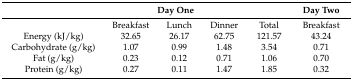
<table><thead><tr><td></td><td colspan="3"><b>Day One</b></td><td></td><td><b>Day Two</b></td></tr></thead><tbody><tr><td></td><td>Breakfast</td><td>Lunch</td><td>Dinner</td><td>Total</td><td>Breakfast</td></tr><tr><td>Energy (kJ/kg)</td><td>32.65</td><td>26.17</td><td>62.75</td><td>121.57</td><td>43.24</td></tr><tr><td>Carbohydrate (g/kg)</td><td>1.07</td><td>0.99</td><td>1.48</td><td>3.54</td><td>0.71</td></tr><tr><td>Fat (g/kg)</td><td>0.23</td><td>0.12</td><td>0.71</td><td>1.06</td><td>0.70</td></tr><tr><td>Protein (g/kg)</td><td>0.27</td><td>0.11</td><td>1.47</td><td>1.85</td><td>0.32</td></tr></tbody></table>